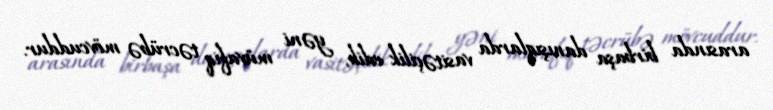
arasında birbaşa danışıqlarda vasitəçilik edib, yəni müvafiq təcrübə mövcuddur.